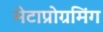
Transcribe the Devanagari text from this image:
मेटाप्रोग्रमिंग